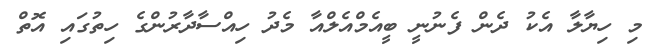
މި ހިޔާލާ އެކު ދެން ފެނުނީ ބީއެމްއެލްއާ މެދު ހިއްސާދާރުންގެ ހިތުގައި އޮތް